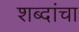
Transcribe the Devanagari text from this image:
शब्‍दांचा